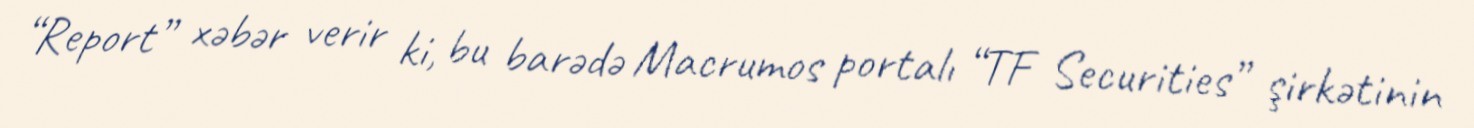
“Report” xəbər verir ki, bu barədə Macrumos portalı “TF Securities” şirkətinin